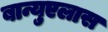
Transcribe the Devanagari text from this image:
बान्युएलास